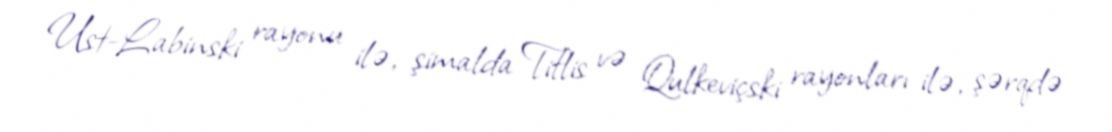
Ust-Labinski rayonu ilə, şimalda Tiflis və Qulkeviçski rayonları ilə, şərqdə